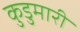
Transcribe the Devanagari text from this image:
कुडुमारी